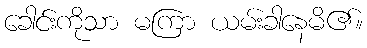
ခေါင်းကိုသာ မကြာ ယမ်းခါနေမိ၏။